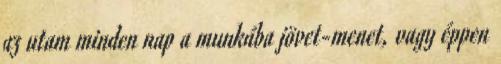
az utam minden nap a munkába jövet-menet, vagy éppen